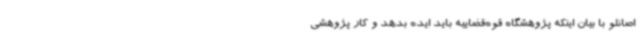
اصانلو با بیان اینکه پژوهشگاه قوه‌قضاییه باید ایده بدهد و کار پژوهشی